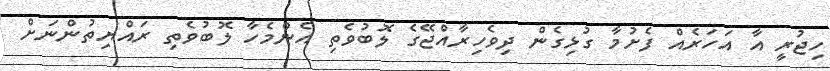
ހިޖުރީ އާ އަހަރެއް ފެށުމާ ގުޅިގެން ދިވެހިރާއްޖޭގެ ލޮބުވެތި އެންމެހާ ލޮބުވެތި ރައްޔިތުންނަށް